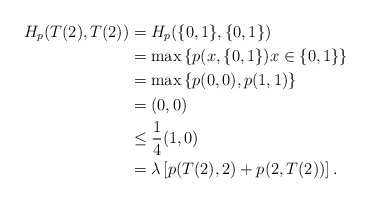
\begin{align*}H_p(T(2),T(2))&=H_p(\{0,1\},\{0,1\})\\&=\max\left\{p(x,\{0,1\})x\in\{0,1\}\right\}\\&=\max\left\{p(0,0),p(1,1)\right\}\\&=(0,0)\\&\leq\frac{1}{4}(1,0)\\&=\lambda\left[p(T(2),2)+p(2,T(2))\right].\end{align*}